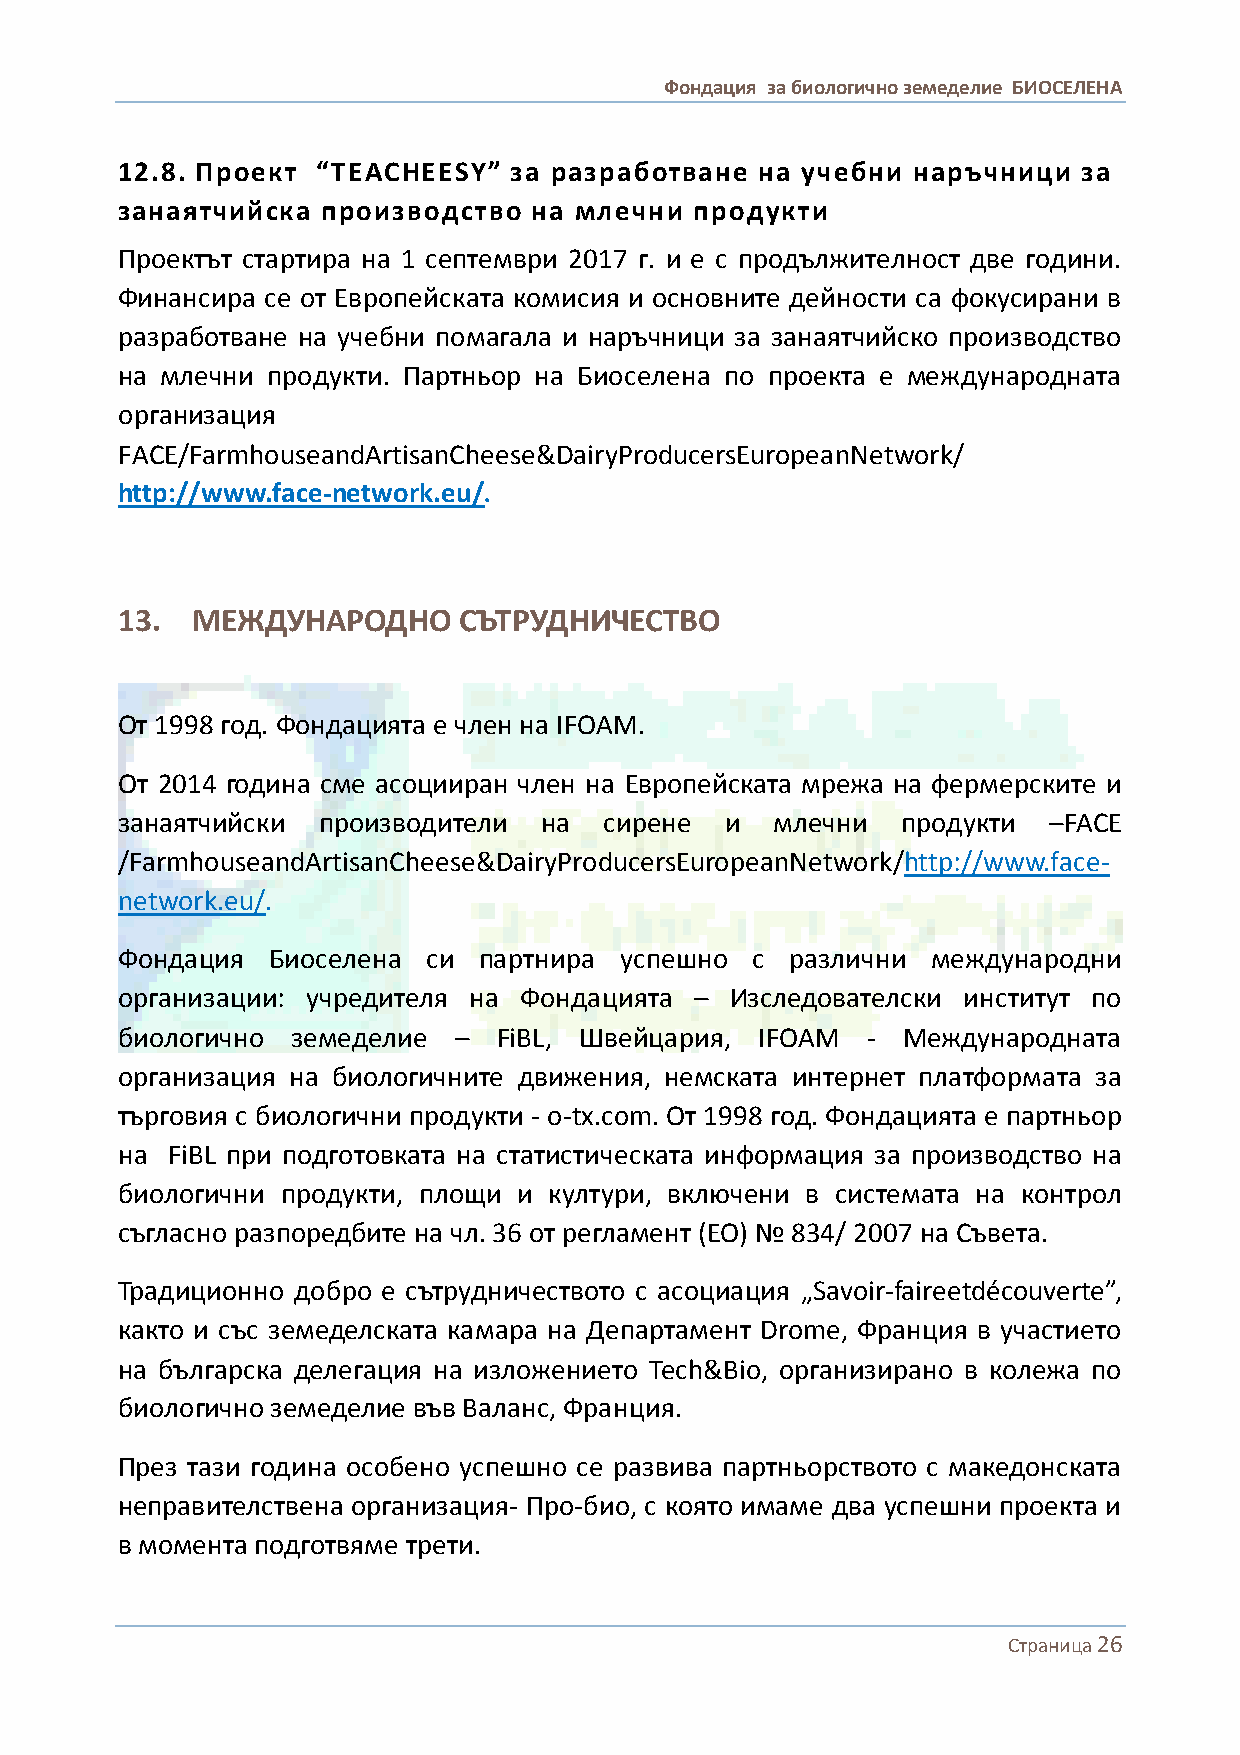
Фондация за биологично земеделие БИОСЕЛЕНА
 12.8. Проект “TEACHEESY”  за разработване на учебни наръчници   за
 занаятчийска производство  на млечни  продукти
 Проектът стартира на 1 септември 2017 г. и е с продължителност две години.
 Финансира се от Европейската комисия и основните дейности са фокусирани в
 разработване на учебни помагала и наръчници за занаятчийско производство
 на млечни продукти. Партньор на Биоселена по проекта е международната
 организация
 FACE/FarmhouseandArtisanCheese&DairyProducersEuropeanNetwork/
 http://www.face-network.eu/.
 13.  МЕЖДУНАРОДНО     СЪТРУДНИЧЕСТВО
 От 1998 год. Фондацията е член на IFOAM.
 От 2014 година сме асоцииран член на Европейската мрежа на фермерските и
 занаятчийски производители  на  сирене  и  млечни   продукти –FACE
 /FarmhouseandArtisanCheese&DairyProducersEuropeanNetwork/http://www.face-
 network.eu/.
 Фондация  Биоселена си  партнира успешно  с различни  международни
 организации: учредителя на Фондацията – Изследователски институт по
 биологично земеделие  –  FiBL, Швейцария, IFOAM  -  Международната
 организация на биологичните движения, немската интернет платформата за
 търговия с биологични продукти - o-tx.com. От 1998 год. Фондацията е партньор
 на FiBL при подготовката на статистическата информация за производство на
 биологични продукти, площи и култури, включени в системата на контрол
 съгласно разпоредбите на чл. 36 от регламент (ЕО) № 834/ 2007 на Съвета.
 Традиционно добро е сътрудничеството с асоциация „Savoir-faireetdécouverte”,
 както и със земеделската камара на Департамент Drome, Франция в участието
 на българска делегация на изложението Tech&Bio, организирано в колежа по
 биологично земеделие във Валанс, Франция.
 През тази година особено успешно се развива партньорството с македонската
 неправителствена организация- Про-био, с която имаме два успешни проекта и
 в момента подготвяме трети.
 Страница 26